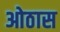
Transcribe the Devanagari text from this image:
ओठास